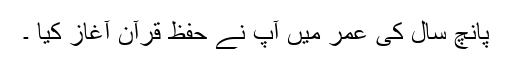
پانچ سال کی عمر میں آپ نے حفظِ قرآن آغاز کیا ۔